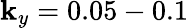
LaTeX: \mathbf{k}_{y}=0.05-0.1